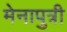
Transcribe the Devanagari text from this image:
मेनापुत्री